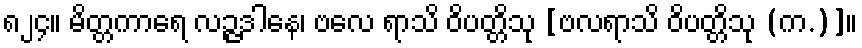
၈၂၄။ မိတ္တကာရေ လဉ္ဇဒါနေ၊ ဗလေ ရာသိ ဝိပတ္တိသု [ဗလရာသိ ဝိပတ္တိသု (က.)]။